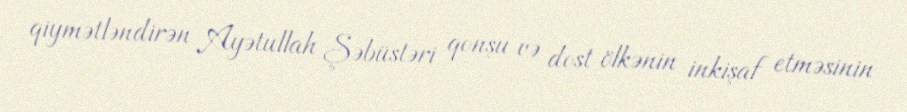
qiymətləndirən Ayətullah Şəbüstəri qonşu və dost ölkənin inkişaf etməsinin